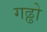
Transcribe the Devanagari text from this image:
गढ्ढो